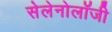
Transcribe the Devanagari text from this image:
सेलेनोलॉजी